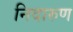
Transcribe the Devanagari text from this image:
निदारुण